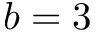
b = 3